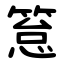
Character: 䈚